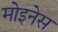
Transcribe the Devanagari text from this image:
मोइनेस